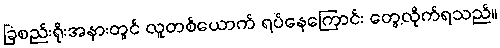
ခြံစည်းရိုးအနားတွင် လူတစ်ယောက် ရပ်နေကြောင်း တွေ့လိုက်ရသည်။